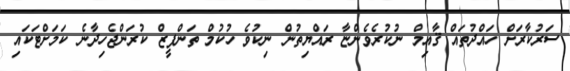
ސަރުކާރަށް ހައްދުތައް ޤާއިމް ނުކުރެވެންޏާ ރައްޔިތުން ނިކުވެ ހުކުމް ތަންފީޒް ކުރަންޖެހިދާނެ ކަމަށްޓަކައި